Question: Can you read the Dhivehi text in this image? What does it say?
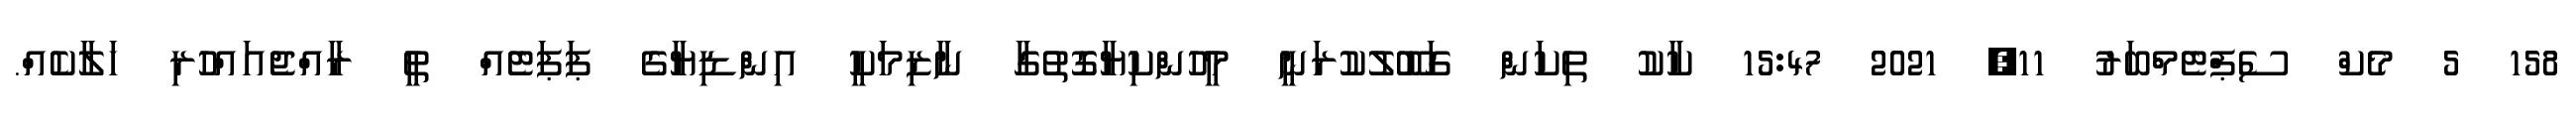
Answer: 158 5 މެކް ސެޕްޓެމްބަރު 11, 2021 15:47 ކާކު ތިކަން ގަބޫލުކުރަނީ މީހުންކިޔާގޮތުގާ ނާޒިމަކީ އިންޑިޔާގެ ޕަޕަޓެއް ތީ ރާއްޖެއައްހުރި ހަލާކެއް.